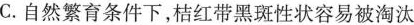
C.自然繁育条件下，桔红带黑斑性状容易被淘汰